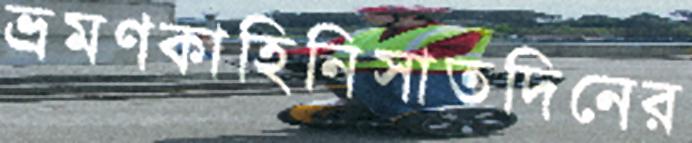
ভ্রমণকাহিনিসাতদিনের